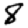
Digit: 8